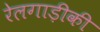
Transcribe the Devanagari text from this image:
रेलगाड़ीकी